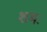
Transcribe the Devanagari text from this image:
शमः